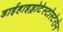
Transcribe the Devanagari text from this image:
डाईहाइड्रोटेस्टोस्टेरोन